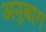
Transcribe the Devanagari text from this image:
अनुबाग